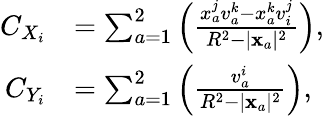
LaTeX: \begin{array}{rl}{C_{X_{i}}}&{=\sum_{a=1}^{2}\left(\frac{x_{a}^{j}v_{a}^{k}-x_{a}^{k}v_{i}^{j}}{R^{2}-|\mathbf{x}_{a}|^{2}}\right),}\\ {C_{Y_{i}}}&{=\sum_{a=1}^{2}\left(\frac{v_{a}^{i}}{R^{2}-|\mathbf{x}_{a}|^{2}}\right),}\end{array}